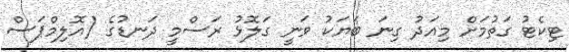
ޓިކެޓު ގަތުމަށް މިއަދު ގިނަ ބަޔަކު ވަނީ ގަލޮޅު ރަސްމީ ދަނޑުގެ (އޮލިމްޕަސް